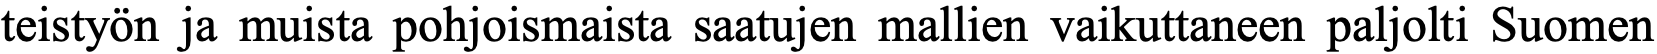
teistyön ja muista pohjoismaista saatujen mallien vaikuttaneen paljolti Suomen